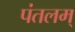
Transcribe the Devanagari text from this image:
पंतलम्